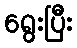
ရွေးပြီး